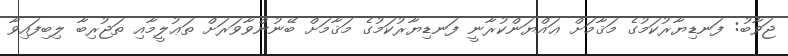
ޖަވާބު: ފަނޑިޔާރުކަމުގެ މަޤާމަށް ޢައްޔަންކުރާނީ ފަނޑިޔާރުކަމުގެ މަޤާމަށް ބޭނުންވާވަރަށް ތަޢުލީމާއި ތަޖުރިބާ ލިބިފައިވާ